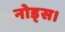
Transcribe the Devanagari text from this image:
नोड्स।